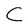
Character: C